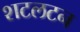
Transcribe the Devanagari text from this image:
शटलटन